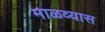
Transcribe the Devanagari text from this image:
माळव्यास